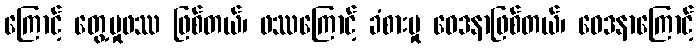
ကြောင့် တွေ့မှုဖဿ ဖြစ်တယ်၊ ဖဿကြောင့် ခံစားမှု ဝေဒနာဖြစ်တယ်၊ ဝေဒနာကြောင့်